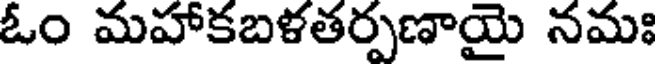
ఓం మహాకబళతర్పణాయై నమః